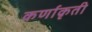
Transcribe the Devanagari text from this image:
कर्णाकृती